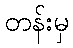
တန်းမှ